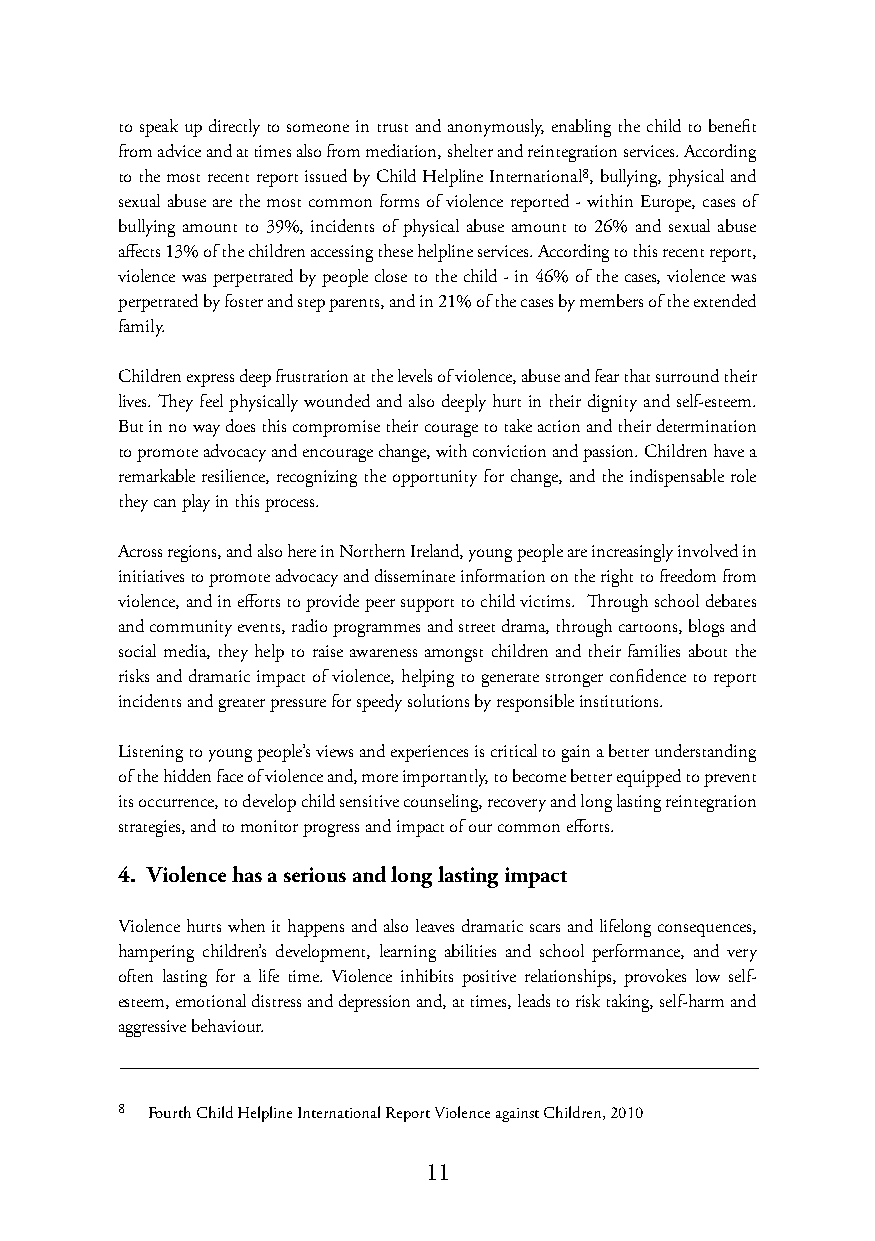
to speak up directly to someone in trust and anonymously, enabling the child to benefit
 from advice and at times also from mediation, shelter and reintegration services. According
 to the most recent report issued by Child Helpline International8, bullying, physical and
 sexual abuse are the most common forms of violence reported - within Europe, cases of
 bullying amount to 39%, incidents of physical abuse amount to 26% and sexual abuse
 affects 13% of the children accessing these helpline services. According to this recent report,
 violence was perpetrated by people close to the child - in 46% of the cases, violence was
 perpetrated by foster and step parents, and in 21% of the cases by members of the extended
 family.
 Children express deep frustration at the levels of violence, abuse and fear that surround their
 lives. They feel physically wounded and also deeply hurt in their dignity and self-esteem.
 But in no way does this compromise their courage to take action and their determination
 to promote advocacy and encourage change, with conviction and passion. Children have a
 remarkable resilience, recognizing the opportunity for change, and the indispensable role
 they can play in this process.
 Across regions, and also here in Northern Ireland, young people are increasingly involved in
 initiatives to promote advocacy and disseminate information on the right to freedom from
 violence, and in efforts to provide peer support to child victims. Through school debates
 and community events, radio programmes and street drama, through cartoons, blogs and
 social media, they help to raise awareness amongst children and their families about the
 risks and dramatic impact of violence, helping to generate stronger confidence to report
 incidents and greater pressure for speedy solutions by responsible institutions.
 Listening to young people’s views and experiences is critical to gain a better understanding
 of the hidden face of violence and, more importantly, to become better equipped to prevent
 its occurrence, to develop child sensitive counseling, recovery and long lasting reintegration
 strategies, and to monitor progress and impact of our common efforts.
 4. Violence has a serious and long lasting impact
 Violence hurts when it happens and also leaves dramatic scars and lifelong consequences,
 hampering children’s development, learning abilities and school performance, and very
 often lasting for a life time. Violence inhibits positive relationships, provokes low self-
 esteem, emotional distress and depression and, at times, leads to risk taking, self-harm and
 aggressive behaviour.
 8 Fourth Child Helpline International Report Violence against Children, 2010
 11